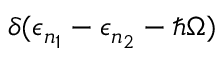
\delta ( \epsilon _ { n _ { 1 } } - \epsilon _ { n _ { 2 } } - \hbar \Omega )